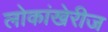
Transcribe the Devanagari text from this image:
लोकांखेरीज